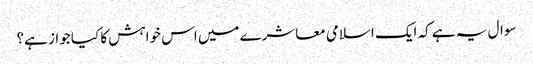
سوال یہ ہے کہ ایک اسلامی معاشرے میں اس خواہش کا کیا جواز ہے؟